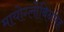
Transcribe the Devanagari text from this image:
मायोग्लोबिनमेह